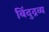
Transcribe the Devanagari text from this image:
बिंदुद्रव्य